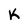
Character: K